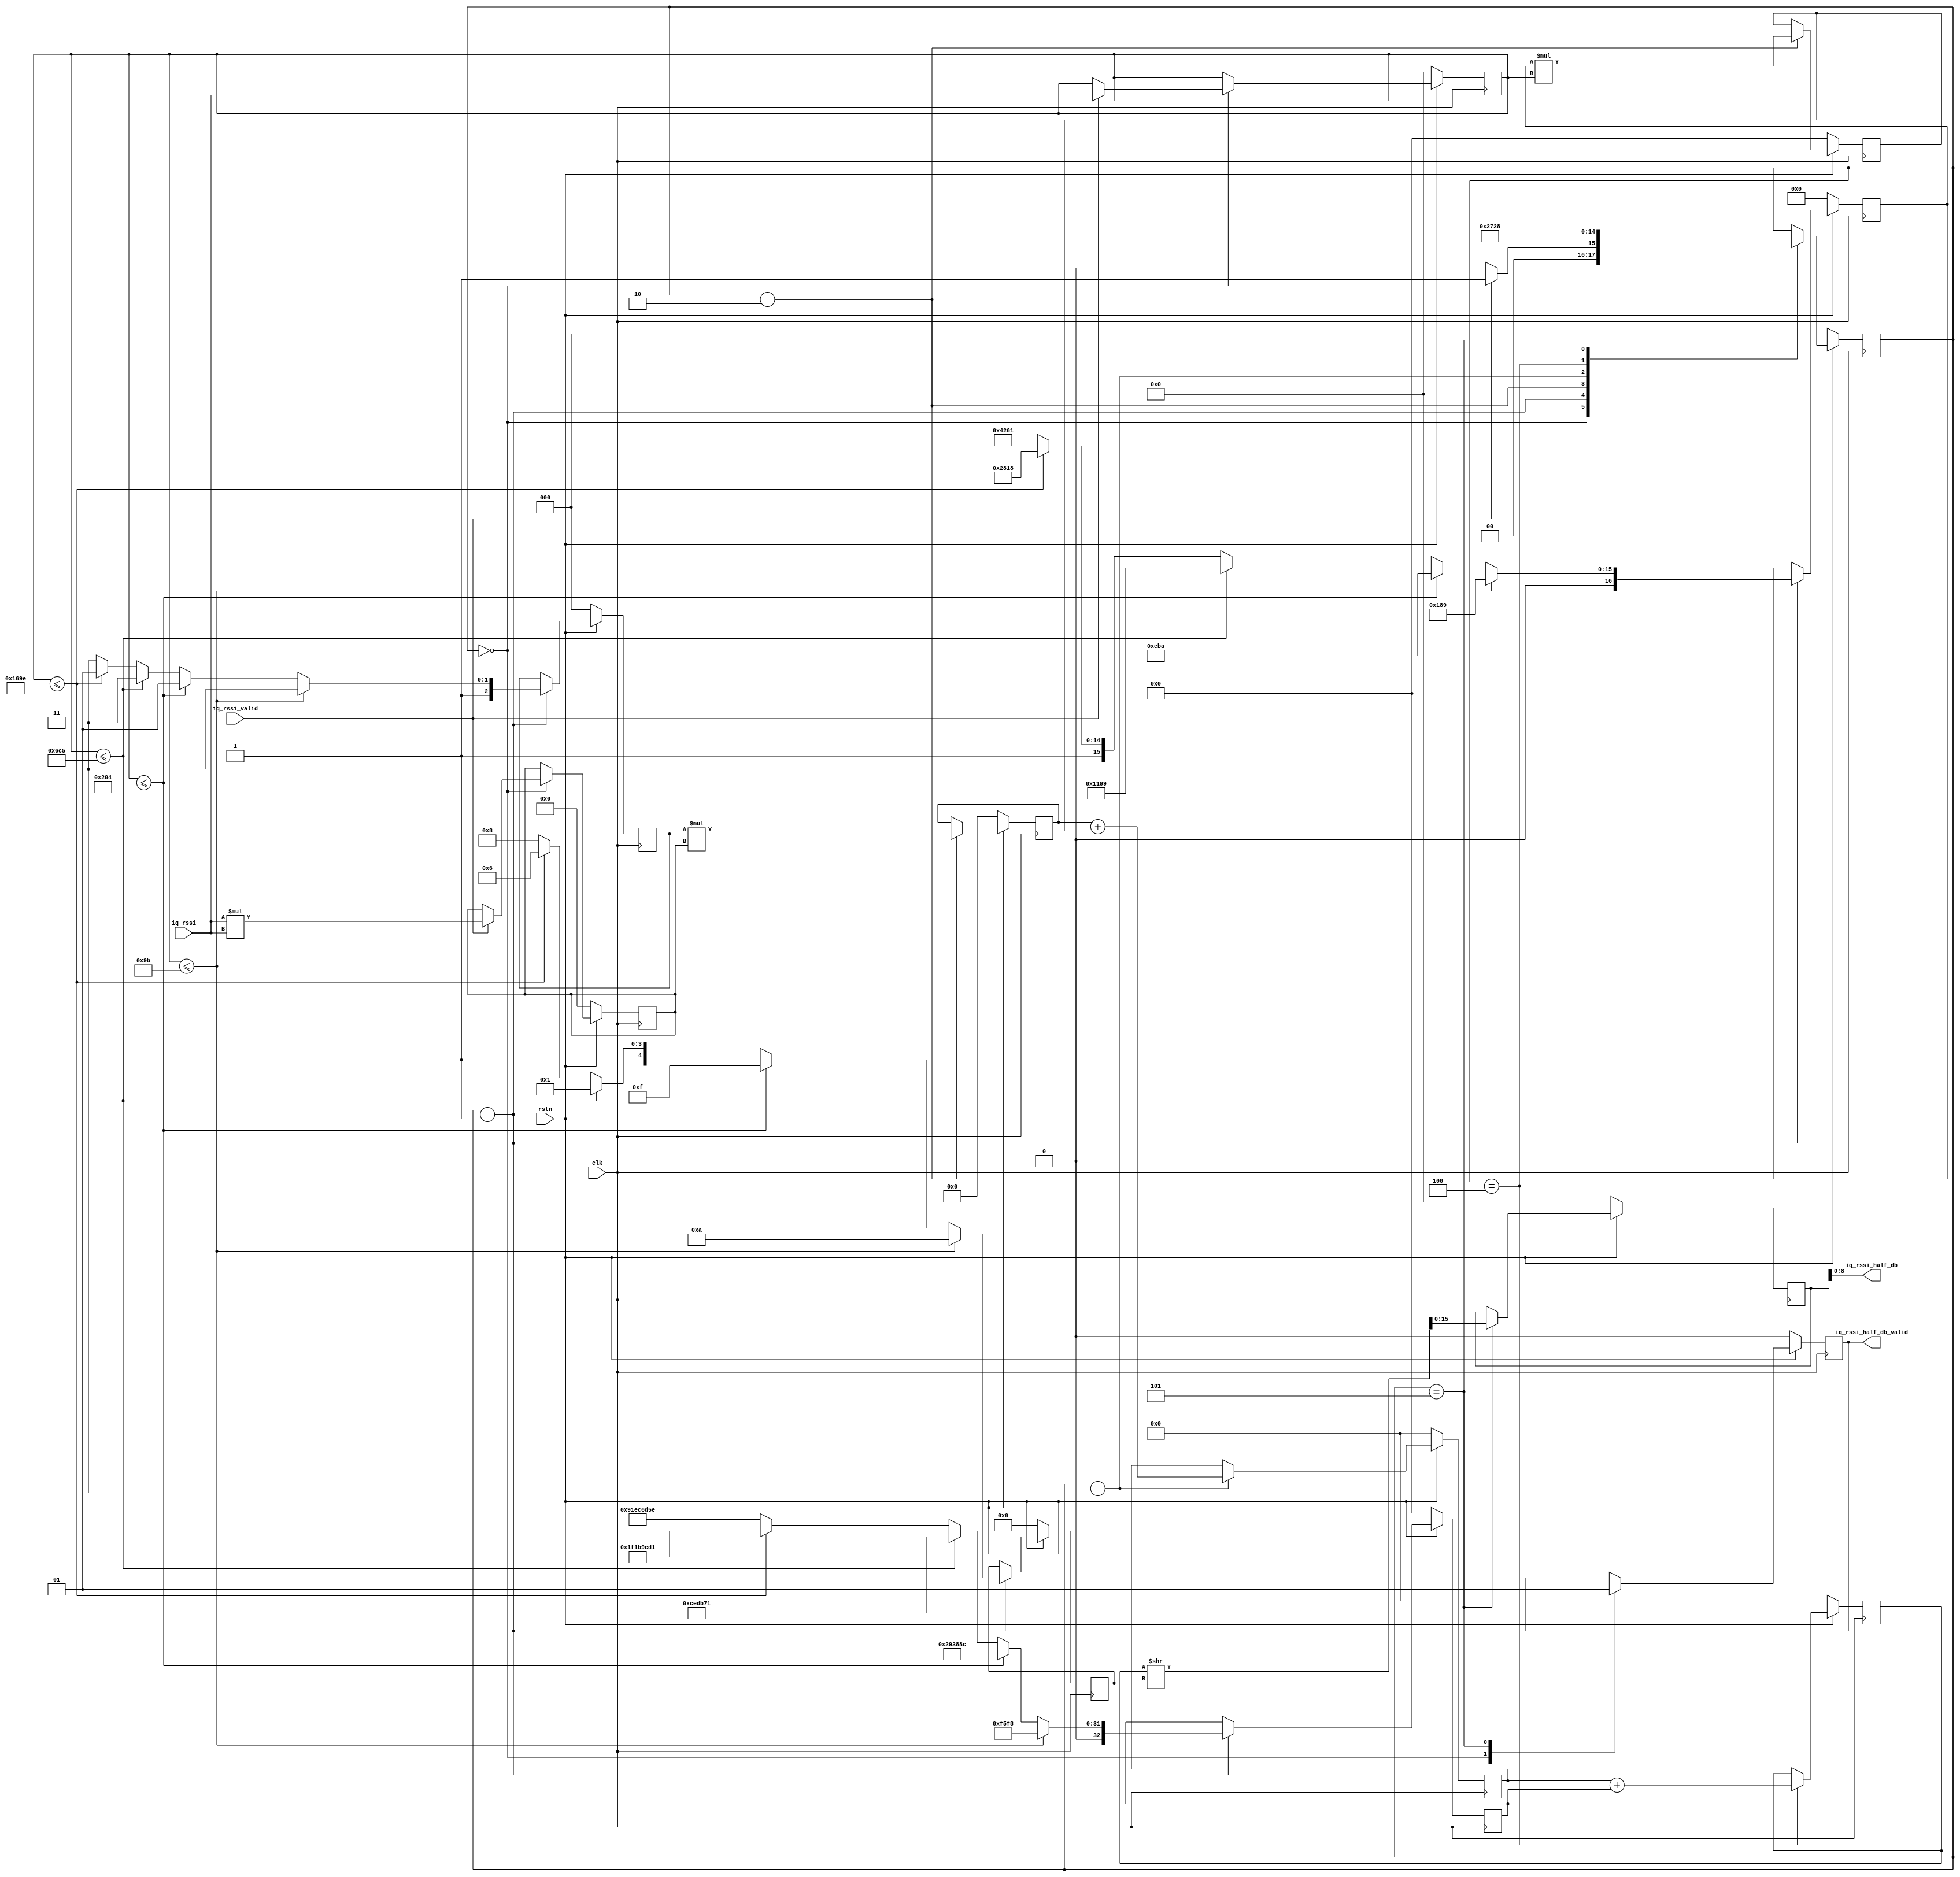
// Xianjun jiao. putaoshu@msn.com; xianjun.jiao@imec.be;

`timescale 1 ns / 1 ps

	module iq_rssi_to_db #
	(
		parameter integer IQ_DATA_WIDTH	= 16,
    parameter integer IQ_RSSI_HALF_DB_WIDTH	= 9
	)
	(
        input wire clk,
        input wire rstn,

	    // Ports to receive iq rssi from iq_abs_avg
        input wire signed [(IQ_DATA_WIDTH-1):0] iq_rssi,
        input wire iq_rssi_valid,

	      output wire signed [(IQ_RSSI_HALF_DB_WIDTH-1):0] iq_rssi_half_db, // step size is 0.5dB not 1dB!
        output wire iq_rssi_half_db_valid
	);

//let's use FSM to do calculation.
//remember, after a iq_rssi_valid, you have 8 clock to do the job
    localparam [2:0]   WAIT_FOR_VALID =  3'b000,
                       PREPARE_P1P2P3 =  3'b001,
                       MULT_P1P2      =  3'b010,
                       ADD_P1P2       =  3'b011,
                       ADD_P3         =  3'b100,
                       GEN_FINAL      =  3'b101;
    reg [2:0] calc_state;

    reg signed [(IQ_DATA_WIDTH-1):0] iq_rssi_reg;
    reg signed [(2*IQ_DATA_WIDTH-1):0] iq_rssi2;
    reg [4:0] num_shfit_bit;

    reg signed [32:0] p3;
    reg signed [16:0] p2;
    reg signed [2:0] p1;

    reg signed [(3+2*IQ_DATA_WIDTH-1):0] mult_p1;
    reg signed [(17+IQ_DATA_WIDTH-1):0] mult_p2;
    reg signed [(4+2*IQ_DATA_WIDTH-1):0] sum_p1p2;
    reg signed [(4+2*IQ_DATA_WIDTH-1):0] sum_p1p2p3;

    reg signed [(IQ_DATA_WIDTH-1):0] iq_rssi_half_db_reg;
    reg signed iq_rssi_half_db_valid_reg;

    assign iq_rssi_half_db = iq_rssi_half_db_reg;
    assign iq_rssi_half_db_valid = iq_rssi_half_db_valid_reg;

	always @(posedge clk)                                             
    begin
      if (!rstn)
      // Synchronous reset (active low)                                       
        begin
          calc_state<=WAIT_FOR_VALID;
          iq_rssi_reg<=0;
          iq_rssi2<=0;
          num_shfit_bit<=0;
          p3<=0;
          p2<=0;
          p1<=0;
          mult_p1<=0;
          mult_p2<=0;
          sum_p1p2<=0;
          sum_p1p2p3<=0;
          iq_rssi_half_db_reg<=0;
          iq_rssi_half_db_valid_reg<=0;
        end                                                                   
      else                                                                    
        case (calc_state)
          WAIT_FOR_VALID: begin
            if (iq_rssi_valid) begin
                calc_state <= PREPARE_P1P2P3;
                iq_rssi_reg <= iq_rssi;
                iq_rssi2 <= iq_rssi*iq_rssi;
                end
            else begin
                calc_state <= WAIT_FOR_VALID;
                iq_rssi_reg <= iq_rssi_reg;
                iq_rssi2 <= iq_rssi2;
                end

            num_shfit_bit<=num_shfit_bit;
            p3<=p3;
            p2<=p2;
            p1<=p1;
            mult_p1<=mult_p1;
            mult_p2<=mult_p2;
            sum_p1p2<=sum_p1p2;
            sum_p1p2p3<=sum_p1p2p3;
            iq_rssi_half_db_reg<=iq_rssi_half_db_reg;
            iq_rssi_half_db_valid_reg<=0;

          end

          PREPARE_P1P2P3: begin // data is calculated by calc_phy_header C program
            calc_state <= MULT_P1P2;
            if (iq_rssi_reg<=155) begin
                num_shfit_bit <= 10;
                p3 <= 62968;
                p2 <= 393;
                p1 <= -1;
                end
            else if (iq_rssi_reg<=516) begin
                num_shfit_bit <= 15;
                p3 <= 2701452;
                p2 <= 3770;
                p1 <= -3;
                end
            else if (iq_rssi_reg<=1733) begin
                num_shfit_bit <= 17;
                p3 <= 13556593;
                p2 <= 4505;
                p1 <= -1;
                end
            else if (iq_rssi_reg<=5790) begin
                num_shfit_bit <= 22;
                p3 <= 521903313;
                p2 <= 43032;
                p1 <= -3;
                end
            else begin
                num_shfit_bit <= 24;
                p3 <= 33'H91EC6D5E; //2448190814 in test_iq_rssi_interp.m
                p2 <= 49761;
                p1 <= -1;
                end
            
            iq_rssi_reg <= iq_rssi_reg;
            iq_rssi2 <= iq_rssi2;
            mult_p1<=mult_p1;
            mult_p2<=mult_p2;
            sum_p1p2<=sum_p1p2;
            sum_p1p2p3<=sum_p1p2p3;
            iq_rssi_half_db_reg<=iq_rssi_half_db_reg;
            iq_rssi_half_db_valid_reg<=iq_rssi_half_db_valid_reg;

          end
          
          MULT_P1P2: begin
            calc_state <= ADD_P1P2;
            mult_p1 <= p1*iq_rssi2;
            mult_p2 <= p2*iq_rssi_reg;

            num_shfit_bit <= num_shfit_bit;
            p3 <= p3;
            p2 <= p2;
            p1 <= p1;
            iq_rssi_reg <= iq_rssi_reg;
            iq_rssi2 <= iq_rssi2;
            sum_p1p2<=sum_p1p2;
            sum_p1p2p3<=sum_p1p2p3;
            iq_rssi_half_db_reg<=iq_rssi_half_db_reg;
            iq_rssi_half_db_valid_reg<=iq_rssi_half_db_valid_reg;

          end

          ADD_P1P2: begin
            calc_state <= ADD_P3;
            sum_p1p2 <= mult_p1 + mult_p2;

            mult_p1 <= mult_p1;
            mult_p2 <= mult_p2;
            num_shfit_bit <= num_shfit_bit;
            p3 <= p3;
            p2 <= p2;
            p1 <= p1;
            iq_rssi_reg <= iq_rssi_reg;
            iq_rssi2 <= iq_rssi2;
            sum_p1p2p3<=sum_p1p2p3;
            iq_rssi_half_db_reg<=iq_rssi_half_db_reg;
            iq_rssi_half_db_valid_reg<=iq_rssi_half_db_valid_reg;

          end

          ADD_P3: begin
            calc_state <= GEN_FINAL;
            sum_p1p2p3 <= sum_p1p2 + p3;

            sum_p1p2 <= sum_p1p2;
            mult_p1 <= mult_p1;
            mult_p2 <= mult_p2;
            num_shfit_bit <= num_shfit_bit;
            p3 <= p3;
            p2 <= p2;
            p1 <= p1;
            iq_rssi_reg <= iq_rssi_reg;
            iq_rssi2 <= iq_rssi2;
            iq_rssi_half_db_reg<=iq_rssi_half_db_reg;
            iq_rssi_half_db_valid_reg<=iq_rssi_half_db_valid_reg;

          end

          GEN_FINAL: begin
            calc_state <= WAIT_FOR_VALID;
            iq_rssi_half_db_reg <= (sum_p1p2p3>>num_shfit_bit);
            iq_rssi_half_db_valid_reg <= 1;

            sum_p1p2p3 <= sum_p1p2p3;
            sum_p1p2 <= sum_p1p2;
            mult_p1 <= mult_p1;
            mult_p2 <= mult_p2;
            num_shfit_bit <= num_shfit_bit;
            p3 <= p3;
            p2 <= p2;
            p1 <= p1;
            iq_rssi_reg <= iq_rssi_reg;
            iq_rssi2 <= iq_rssi2;

          end

        endcase                                                               
    end

	endmodule